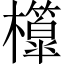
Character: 𣠘